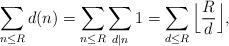
LaTeX: \begin{align*} \sum_{n \leq R} d(n) = \sum_{n \leq R} \sum_{d \mid n} 1 = \sum_{d \leq R} \Big\lfloor \frac{R}{d} \Big\rfloor,\end{align*}